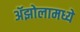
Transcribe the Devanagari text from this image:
ॲझोलामध्ये